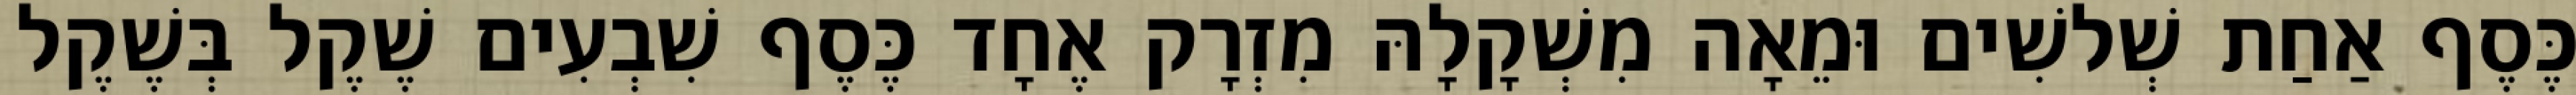
כֶּסֶף אַחַת שְׁלשִׁים וּמֵאָה מִשְׁקָלָהּ מִזְרָק אֶחָד כֶּסֶף שִׁבְעִים שֶׁקֶל בְּשֶׁקֶל